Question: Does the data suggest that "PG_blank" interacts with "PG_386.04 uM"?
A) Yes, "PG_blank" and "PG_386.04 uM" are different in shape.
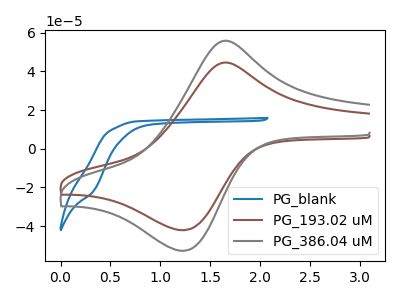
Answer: <think>The blue curve "PG_blank" has no peaks. The brown curve "PG_193.02 uM" has an anodic peak at (1.60V, 44.30uA) and a cathodic peak at (1.25V, -42.10uA). The gray curve "PG_386.04 uM" has an anodic peak at (1.60V, 55.50uA) and a cathodic peak at (1.25V, -52.75uA).
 "PG_blank" and "PG_386.04 uM" have a different number of peaks.</think>
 <answer>A) Yes, "PG_blank" and "PG_386.04 uM" are different in shape.</answer>
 <eval>A</eval>